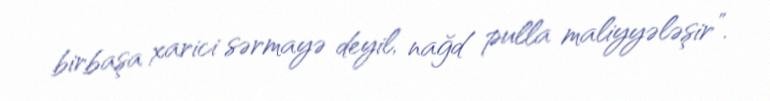
birbaşa xarici sərmayə deyil, nağd pulla maliyyələşir”.